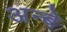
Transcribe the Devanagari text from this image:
अन्बे